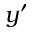
y ^ { \prime }